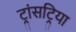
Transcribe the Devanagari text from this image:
ट्रांसट्रिया